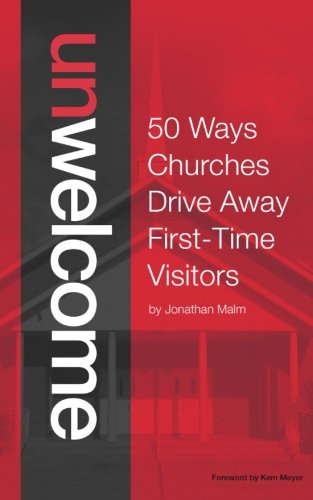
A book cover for Unwelcome: 50 Ways Churches Drive Away First-Time Visitors; Jonathan Malm; Christian Books & Bibles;